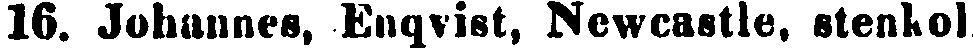
16. Johannes, Enqvist, Newcastle, stenkol